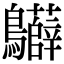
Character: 𪈙